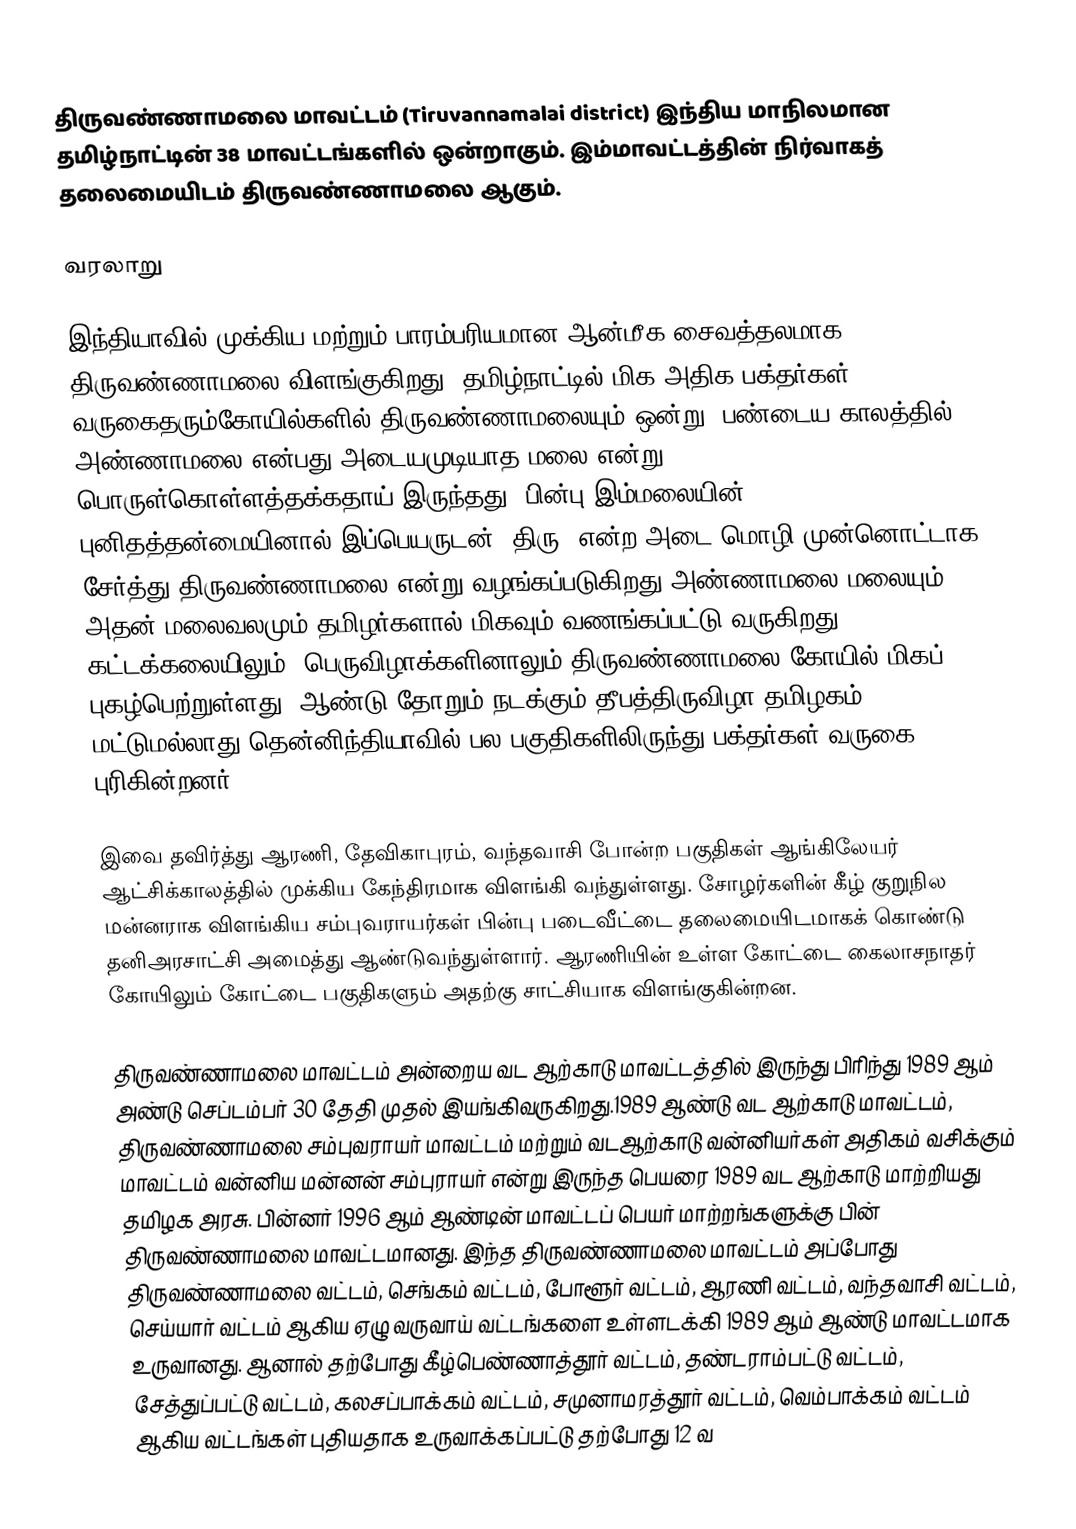
திருவண்ணாமலை மாவட்டம் (Tiruvannamalai district) இந்திய மாநிலமான தமிழ்நாட்டின் 38 மாவட்டங்களில் ஒன்றாகும். இம்மாவட்டத்தின் நிர்வாகத் தலைமையிடம் திருவண்ணாமலை ஆகும்.

வரலாறு

இந்தியாவில் முக்கிய மற்றும் பாரம்பரியமான ஆன்மீக சைவத்தலமாக  திருவண்ணாமலை விளங்குகிறது. தமிழ்நாட்டில் மிக அதிக பக்தர்கள் வருகைதரும்கோயில்களில் திருவண்ணாமலையும் ஒன்று. பண்டைய காலத்தில் அண்ணாமலை என்பது அடையமுடியாத மலை என்று பொருள்கொள்ளத்தக்கதாய் இருந்தது. பின்பு இம்மலையின் புனிதத்தன்மையினால் இப்பெயருடன் “திரு” என்ற அடை மொழி முன்னொட்டாக சேர்த்து திருவண்ணாமலை என்று வழங்கப்படுகிறது.அண்ணாமலை மலையும் அதன் மலைவலமும் தமிழர்களால் மிகவும் வணங்கப்பட்டு வருகிறது. கட்டக்கலையிலும், பெருவிழாக்களினாலும் திருவண்ணாமலை கோயில் மிகப் புகழ்பெற்றுள்ளது.  ஆண்டு தோறும் நடக்கும் தீபத்திருவிழா தமிழகம் மட்டுமல்லாது தென்னிந்தியாவில் பல பகுதிகளிலிருந்து பக்தர்கள் வருகை புரிகின்றனர்.

இவை தவிர்த்து ஆரணி, தேவிகாபுரம், வந்தவாசி போன்ற பகுதிகள் ஆங்கிலேயர் ஆட்சிக்காலத்தில் முக்கிய கேந்திரமாக விளங்கி வந்துள்ளது. சோழர்களின் கீழ் குறுநில மன்னராக விளங்கிய சம்புவராயர்கள் பின்பு படைவீட்டை தலைமையிடமாகக் கொண்டு தனிஅரசாட்சி அமைத்து ஆண்டுவந்துள்ளார். ஆரணியின் உள்ள கோட்டை கைலாசநாதர் கோயிலும் கோட்டை பகுதிகளும் அதற்கு சாட்சியாக விளங்குகின்றன.

திருவண்ணாமலை மாவட்டம் அன்றைய வட ஆற்காடு மாவட்டத்தில் இருந்து பிரிந்து 1989 ஆம் அண்டு செப்டம்பர் 30 தேதி முதல் இயங்கிவருகிறது.1989 ஆண்டு வட ஆற்காடு மாவட்டம், திருவண்ணாமலை சம்புவராயர் மாவட்டம் மற்றும் வடஆற்காடு  வன்னியர்கள் அதிகம் வசிக்கும் மாவட்டம் வன்னிய மன்னன் சம்புராயர் என்று இருந்த பெயரை 1989 வட ஆற்காடு மாற்றியது தமிழக அரசு. பின்னர் 1996 ஆம் ஆண்டின் மாவட்டப் பெயர் மாற்றங்களுக்கு பின் திருவண்ணாமலை மாவட்டமானது. இந்த திருவண்ணாமலை மாவட்டம் அப்போது திருவண்ணாமலை வட்டம், செங்கம் வட்டம், போளூர் வட்டம், ஆரணி வட்டம், வந்தவாசி வட்டம், செய்யார் வட்டம் ஆகிய ஏழு வருவாய் வட்டங்களை உள்ளடக்கி 1989 ஆம் ஆண்டு மாவட்டமாக உருவானது. ஆனால் தற்போது கீழ்பெண்ணாத்தூர் வட்டம், தண்டராம்பட்டு வட்டம், சேத்துப்பட்டு வட்டம், கலசப்பாக்கம் வட்டம், சமுனாமரத்தூர் வட்டம், வெம்பாக்கம் வட்டம் ஆகிய வட்டங்கள் புதியதாக உருவாக்கப்பட்டு தற்போது 12 வ